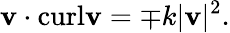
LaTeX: \mathbf{v}\cdot\textrm{curl}\mathbf{v}=\mp k|\mathbf{v}|^{2}.